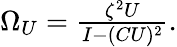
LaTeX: \begin{array}{r}{\Omega_{U}=\frac{\zeta^{2}U}{I-(CU)^{2}}.}\end{array}